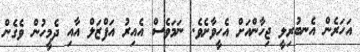
އަހަރެން އެނބުރިލީ ޖިހާންއަށް އެހީވާށެވެ. ނަމަވެސް އެއިރު އަފްޒަލް އާއި ދެމީހުން ވެގެން